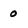
Character: 0